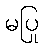
မပြု